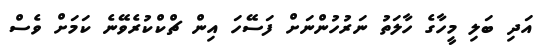
އަދި ބަލި މީހާގެ ހާލަތު ނަރުހުންނަށް ފަސޭހަ އިން ޗްކްކުރެވޭނެ ކަމަށް ވެސް